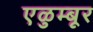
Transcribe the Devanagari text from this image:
एळुम्बूर